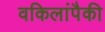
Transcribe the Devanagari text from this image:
वकिलांपैकी